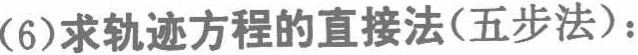
(6)求轨迹方程的直接法(五步法)：